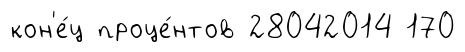
кон'е́ц проце́нтов 28042014 170